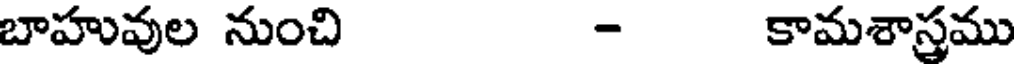
బాహువుల నుంచి - కామశాస్రము